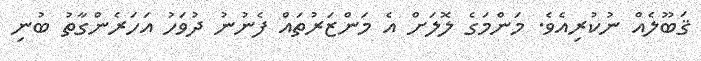
ޤަބޫލެއް ނުކުރިއެވެ. މަންމަގެ ލޮލަށް އެ މަންޒަރުތައް ފެނުނު ދުވަހު އަހަރެންގާތު ބުނި